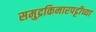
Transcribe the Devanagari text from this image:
समुद्रकिनारपट्टीच्या